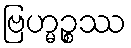
ဗြဟ္မဉ္စဿ